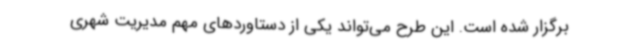
برگزار شده است. این طرح می‌تواند یکی از دستاوردهای مهم مدیریت شهری